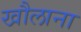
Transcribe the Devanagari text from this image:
खौलाना